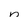
Character: n